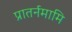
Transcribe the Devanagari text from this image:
प्रातर्नमामि